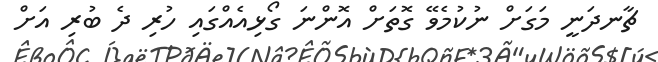
ޗާނދަނީ މަގަށް ނުކުމެވޭ ގޮތަށް އޮންނަ ގޯޅިއެއްގައި ހުރި ދެ ބުރި އަށް